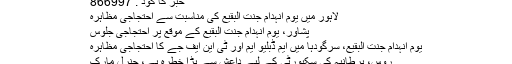
خبر کا کوڈ : 866997
لاہور میں یوم انہدام جنت البقیع کی مناسبت سے احتجاجی مظاہرہ
پشاور، یوم انہدام جنت البقیع کے موقع پر احتجاجی جلوس
یوم انہدام جنت البقیع، سرگودہا میں ایم ڈبلیو ایم اور ٹی این ایف جے کا احتجاجی مظاہرہ
روس، برطانیہ کی سکیورٹی کے لیے داعش سے بڑا خطرہ ہے، جنرل مارک